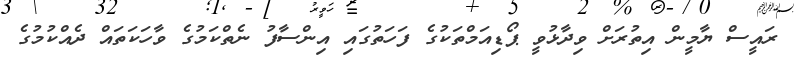
ރައީސް ޔާމީން އިތުރަށް ވިދާޅުވީ ޕޯޑިއަމްތަކުގެ ފަހަތުގައި އިންސާފު ނެތްކަމުގެ ވާހަކަތައް ދެއްކުމުގެ